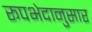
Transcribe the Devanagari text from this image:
रूपभेदानुसार